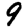
Digit: 9